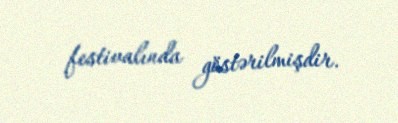
festivalında göstərilmişdir.